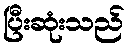
ပြီးဆုံးသည်